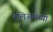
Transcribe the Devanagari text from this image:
हेलिअमच्या